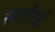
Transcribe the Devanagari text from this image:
रमतोरई